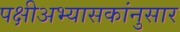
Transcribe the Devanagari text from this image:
पक्षीअभ्यासकांनुसार